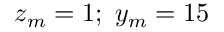
z _ { m } = 1 ; ~ y _ { m } = 1 5